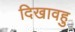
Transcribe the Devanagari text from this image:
दिखावहु